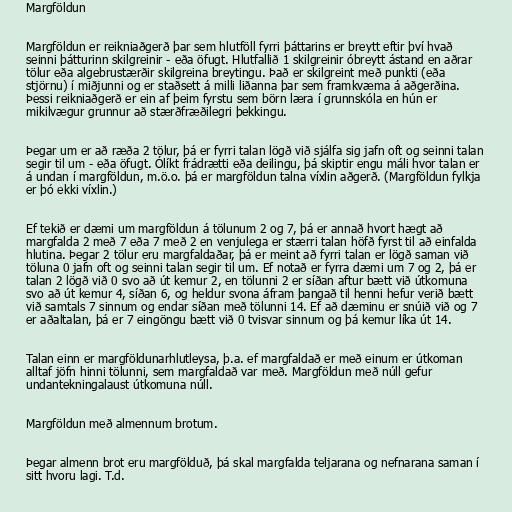
Margföldun

Margföldun er reikniaðgerð þar sem hlutföll fyrri þáttarins er breytt eftir því hvað
seinni þátturinn skilgreinir - eða öfugt. Hlutfallið 1 skilgreinir óbreytt ástand en aðrar
tölur eða algebrustærðir skilgreina breytingu. Það er skilgreint með punkti (eða
stjörnu) í miðjunni og er staðsett á milli liðanna þar sem framkvæma á aðgerðina.
Þessi reikniaðgerð er ein af þeim fyrstu sem börn læra í grunnskóla en hún er
mikilvægur grunnur að stærðfræðilegri þekkingu.

Þegar um er að ræða 2 tölur, þá er fyrri talan lögð við sjálfa sig jafn oft og seinni talan
segir til um - eða öfugt. Ólíkt frádrætti eða deilingu, þá skiptir engu máli hvor talan er
á undan í margföldun, m.ö.o. þá er margföldun talna víxlin aðgerð. (Margföldun fylkja
er þó ekki víxlin.)

Ef tekið er dæmi um margföldun á tölunum 2 og 7, þá er annað hvort hægt að
margfalda 2 með 7 eða 7 með 2 en venjulega er stærri talan höfð fyrst til að einfalda
hlutina. Þegar 2 tölur eru margfaldaðar, þá er meint að fyrri talan er lögð saman við
töluna 0 jafn oft og seinni talan segir til um. Ef notað er fyrra dæmi um 7 og 2, þá er
talan 2 lögð við 0 svo að út kemur 2, en tölunni 2 er síðan aftur bætt við útkomuna
svo að út kemur 4, síðan 6, og heldur svona áfram þangað til henni hefur verið bætt
við samtals 7 sinnum og endar síðan með tölunni 14. Ef að dæminu er snúið við og 7
er aðaltalan, þá er 7 eingöngu bætt við 0 tvisvar sinnum og þá kemur líka út 14.

Talan einn er margföldunarhlutleysa, þ.a. ef margfaldað er með einum er útkoman
alltaf jöfn hinni tölunni, sem margfaldað var með. Margföldun með núll gefur
undantekningalaust útkomuna núll.

Margföldun með almennum brotum.

Þegar almenn brot eru margfölduð, þá skal margfalda teljarana og nefnarana saman í
sitt hvoru lagi. T.d.